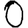
Digit: 0